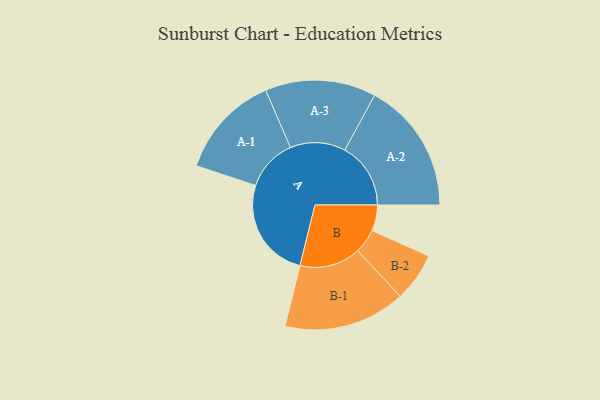
{"axis": {"x": "Segment", "y": "Value"}, "legend": ["", "A", "B"], "data": [{"x": "A", "y": 434, "type": ""}, {"x": "B", "y": 111, "type": ""}, {"x": "A-1", "y": 223, "type": "A"}, {"x": "A-2", "y": 283, "type": "A"}, {"x": "A-3", "y": 238, "type": "A"}, {"x": "B-1", "y": 262, "type": "B"}, {"x": "B-2", "y": 105, "type": "B"}]}